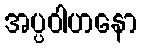
အပ္ပဝါဟနော